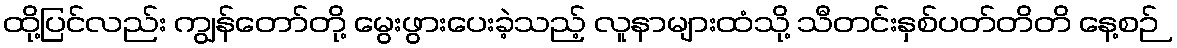
ထို့ပြင်လည်း ကျွန်တော်တို့ မွေးဖွားပေးခဲ့သည့် လူနာများထံသို့ သီတင်းနှစ်ပတ်တိတိ နေ့စဉ်